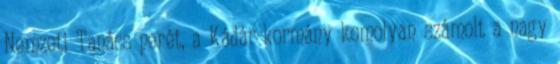
Nemzeti Tanács perét, a Kádár-kormány komolyan számolt a nagy